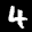
Label: 4